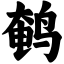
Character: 鹌